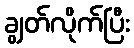
ချွတ်လိုက်ပြီး